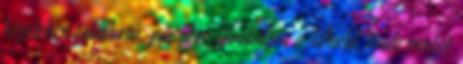
közelében található, pár perc távolságra a World Trade center